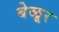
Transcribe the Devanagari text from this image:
बेळूर